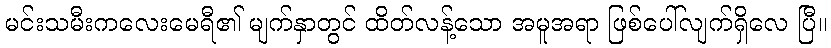
မင်းသမီးကလေးမေရီ၏ မျက်နှာတွင် ထိတ်လန့်သော အမူအရာ ဖြစ်ပေါ်လျက်ရှိလေ ပြီ။